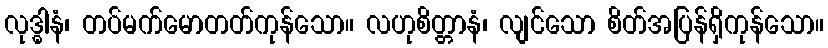
လုဒ္ဓါနံ၊ တပ်မက်မောတတ်ကုန်သော။ လဟုစိတ္တာနံ၊ လျင်သော စိတ်အပြန်ရှိကုန်သော။